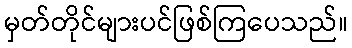
မှတ်တိုင်များပင်ဖြစ်ကြပေသည်။